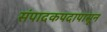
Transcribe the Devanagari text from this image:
संपादकपदापासून